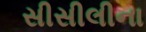
સીસીલીના